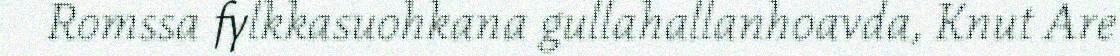
Romssa fylkkasuohkana gullahallanhoavda, Knut Are